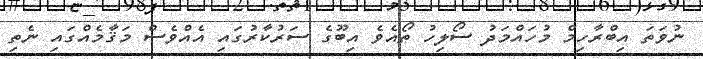
ނުވަތަ އިބްރާހިމް މުހައްމަދު ސޯލިހު ތޯއެވެ އިބޫގެ ސަރުކާރުގައި އެއްވެސް މަޤާމެއްގައި ނެތި